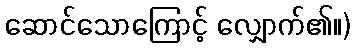
ဆောင်သောကြောင့် လျှောက်၏။)